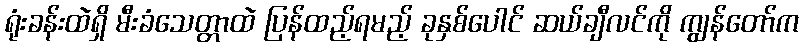
ရုံးခန်းထဲရှိ မီးခံသေတ္တာထဲ ပြန်ထည့်ရမည့် ခုနှစ်ပေါင် ဆယ်ချီလင်ကို ကျွန်တော်က